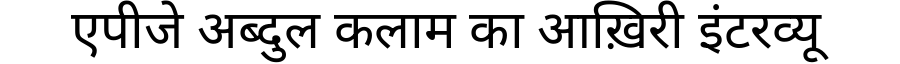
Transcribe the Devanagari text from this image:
एपीजे अब्दुल कलाम का आख़िरी इंटरव्यू